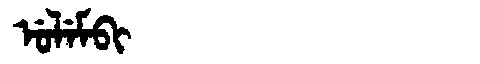
Manchu: ᡠᠯᡝᠮᠪᡳ
Romanization: ULEMBI